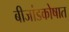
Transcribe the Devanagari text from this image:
बीजांडकोषात